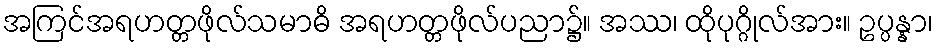
အကြင်အရဟတ္တဖိုလ်သမာဓိ အရဟတ္တဖိုလ်ပညာ၌။ အဿ၊ ထိုပုဂ္ဂိုလ်အား။ ဥပ္ပန္နာ၊